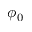
\phi _ { 0 }